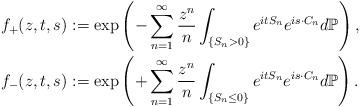
LaTeX: \begin{align*}f_{+}(z,t,s)&:=\exp \left(-\sum_{n=1}^{\infty} \frac{z^{n}}{n} \int_{\{S_n >0\}} e^{itS_n}e^{i {s} \cdot {C}_n }d \mathbb{P} \right),\\f_{-}(z,t, s)&:=\exp \left(+\sum_{n=1}^{\infty} \frac{z^{n}}{n} \int_{\{S_n \le 0 \}} e^{itS_n}e^{i {s} \cdot {C}_n }d \mathbb{P}\right).\end{align*}